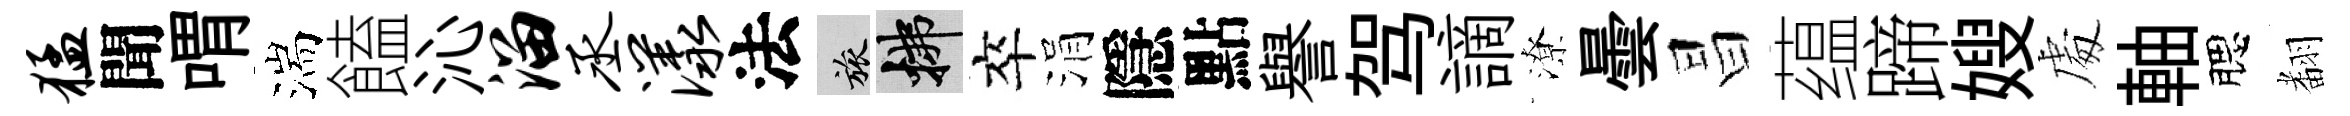
猛聞喟湍饁沁溜丞漾法旅拂卒涓隱點譽驾謫潦曇昌蕴蹄嫂䖏軸腮𮋒